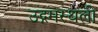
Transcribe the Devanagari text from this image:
उद्गमस्थली